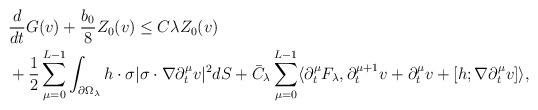
LaTeX: \begin{align*}&\frac{d}{dt} G(v) + \frac{b_0}{8} Z_0(v) \leq C \lambda Z_0 (v) \\& + \frac{1}{2} \sum_{\mu=0}^{L-1} \int_{\partial \Omega_\lambda} h \cdot \sigma | \sigma \cdot \nabla \partial_t^\mu v|^2 dS + \bar{C}_\lambda \sum_{\mu=0}^{L-1} \langle \partial_t^\mu F_\lambda, \partial_t^{\mu+1} v + \partial_t^\mu v + [h ; \nabla \partial_t^\mu v] \rangle, \end{align*}